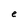
Character: e